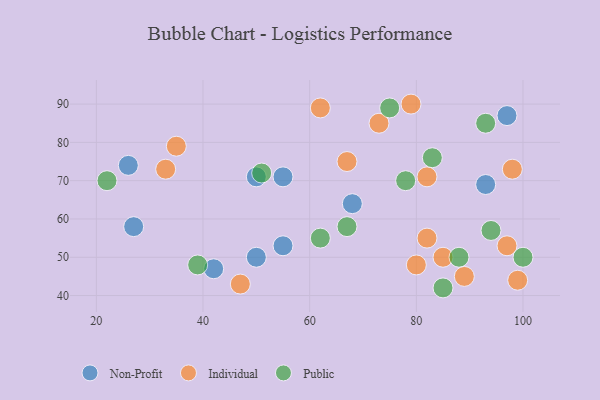
{"axis": {"x": "GDP", "y": "Life Expectancy"}, "legend": ["Individual", "Non-Profit", "Public"], "data": [{"x": "68", "y": 64, "type": "Non-Profit"}, {"x": "93", "y": 69, "type": "Non-Profit"}, {"x": "97", "y": 87, "type": "Non-Profit"}, {"x": "42", "y": 47, "type": "Non-Profit"}, {"x": "50", "y": 71, "type": "Non-Profit"}, {"x": "55", "y": 53, "type": "Non-Profit"}, {"x": "55", "y": 71, "type": "Non-Profit"}, {"x": "27", "y": 58, "type": "Non-Profit"}, {"x": "26", "y": 74, "type": "Non-Profit"}, {"x": "50", "y": 50, "type": "Non-Profit"}, {"x": "73", "y": 85, "type": "Individual"}, {"x": "89", "y": 45, "type": "Individual"}, {"x": "99", "y": 44, "type": "Individual"}, {"x": "79", "y": 90, "type": "Individual"}, {"x": "33", "y": 73, "type": "Individual"}, {"x": "80", "y": 48, "type": "Individual"}, {"x": "85", "y": 50, "type": "Individual"}, {"x": "98", "y": 73, "type": "Individual"}, {"x": "82", "y": 55, "type": "Individual"}, {"x": "47", "y": 43, "type": "Individual"}, {"x": "67", "y": 75, "type": "Individual"}, {"x": "35", "y": 79, "type": "Individual"}, {"x": "82", "y": 71, "type": "Individual"}, {"x": "97", "y": 53, "type": "Individual"}, {"x": "62", "y": 89, "type": "Individual"}, {"x": "22", "y": 70, "type": "Public"}, {"x": "62", "y": 55, "type": "Public"}, {"x": "67", "y": 58, "type": "Public"}, {"x": "100", "y": 50, "type": "Public"}, {"x": "51", "y": 72, "type": "Public"}, {"x": "88", "y": 50, "type": "Public"}, {"x": "94", "y": 57, "type": "Public"}, {"x": "75", "y": 89, "type": "Public"}, {"x": "93", "y": 85, "type": "Public"}, {"x": "78", "y": 70, "type": "Public"}, {"x": "85", "y": 42, "type": "Public"}, {"x": "39", "y": 48, "type": "Public"}, {"x": "83", "y": 76, "type": "Public"}]}